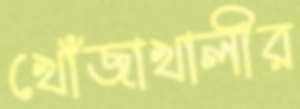
খোঁজাখালীর